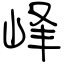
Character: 峰